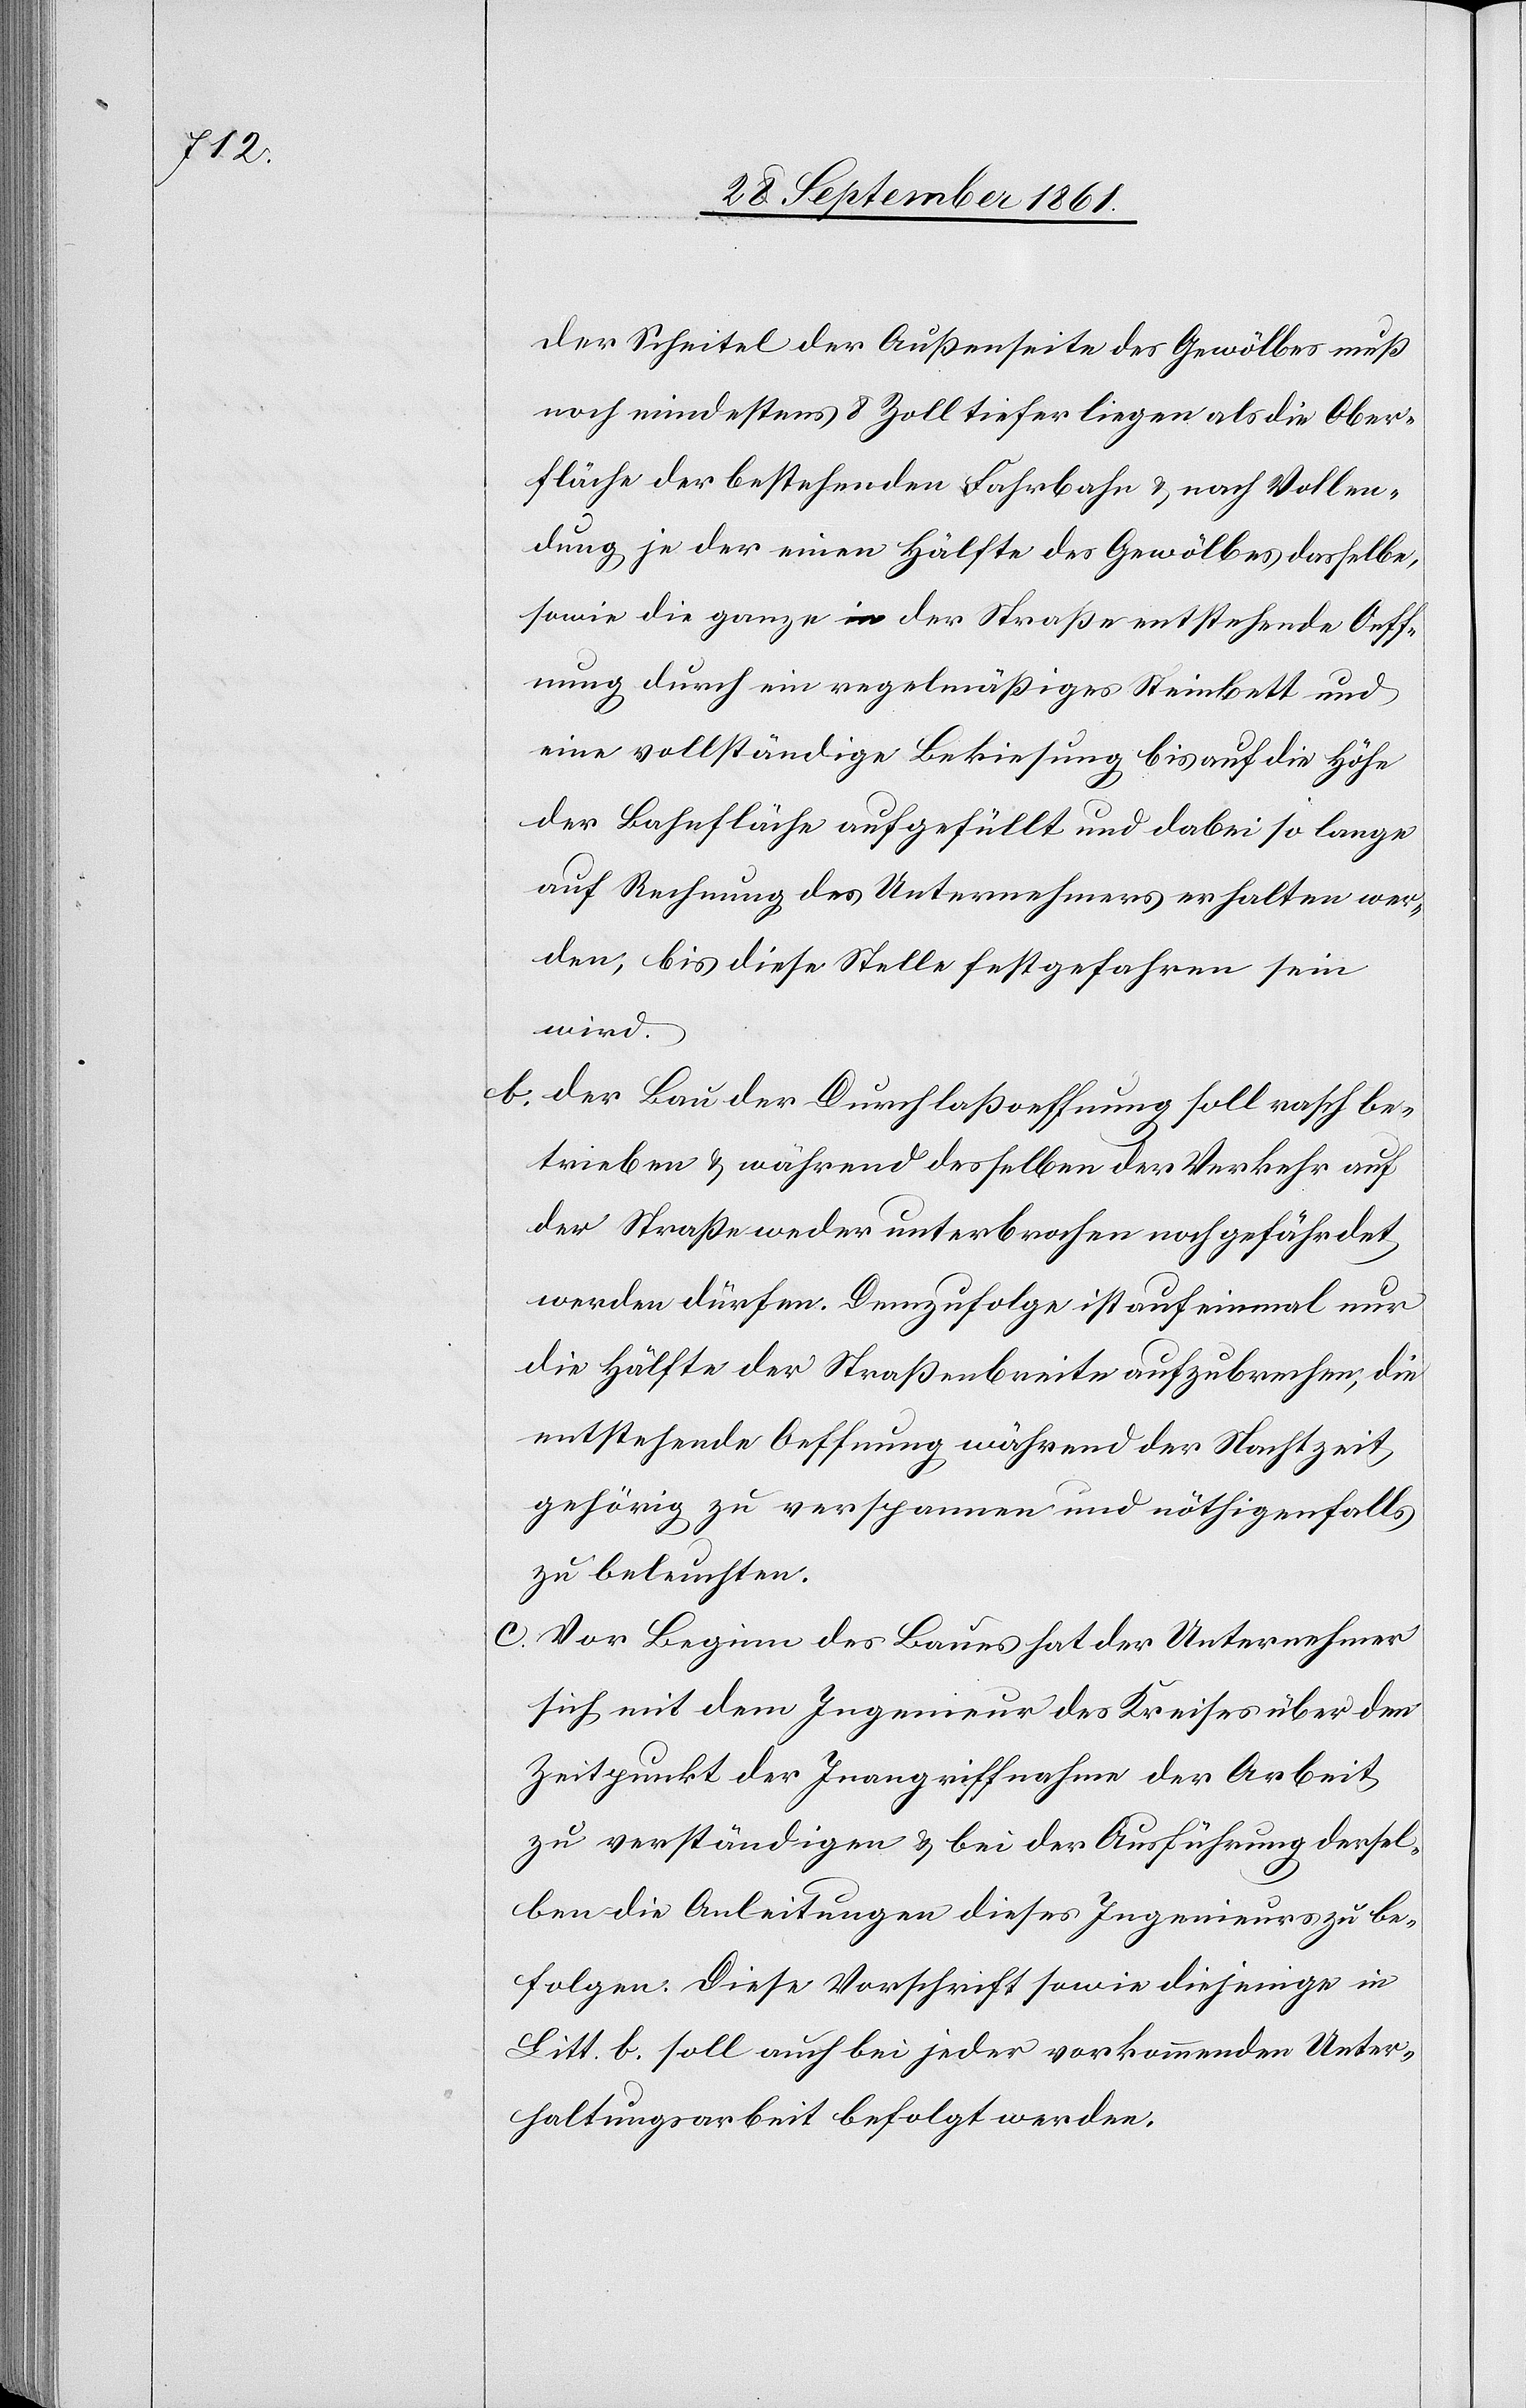
der Scheitel der Außenseite des Gewölbes muß
noch mindestens 8 Zoll tiefer liegen als die Ober¬
fläche der bestehenden Fahrbahn u. nach Vollen¬
dung je der einen Hälfte des Gewölbes dasselbe,
sowie die ganze in der Straße entstehende Oeff¬
nung durch ein regelmäßiges Steinbett und
eine vollständige Bekiesung bis auf die Höhe
der Bahnfläche aufgefüllt und dabei so lange
auf Rechnung des Unternehmens erhalten wer¬
den, bis diese Stelle festgefahren sein
wird.
b. Der Bau der Durchlaßoeffnung soll rasch be¬
trieben u. während desselben der Verkehr auf
der Straße weder unterbrochen noch gefährdet
werden dürfen. Demzufolge ist auf einmal nur
die Hälfte der Straßenbreite aufzubrechen, die
entstehende Oeffnung während der Nachtzeit
gehörig zu verspannen und nöthigenfalls
zu beleuchten.
c. Vor Beginn des Baues hat der Unternehmer
sich mit dem Ingenieur des Kreises über den
Zeitpunkt der Inangriffnahme der Arbeit
zu verständigen u. bei der Ausführung dersel¬
ben die Anleitungen dieses Ingenieurs zu be¬
folgen. Diese Vorschrift sowie diejenige in
Litt. b. soll auch bei jeder vorkommenden Unter¬
haltungsarbeit befolgt werden.